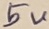
Text: 5V